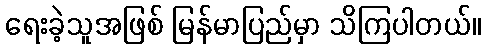
ရေးခဲ့သူအဖြစ် မြန်မာပြည်မှာ သိကြပါတယ်။